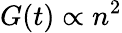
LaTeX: G(t)\propto n^{2}